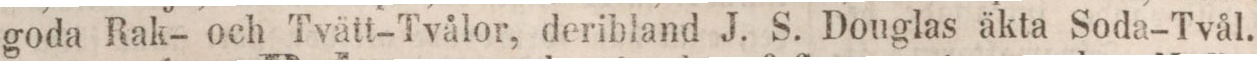
goda Rak- och Tvätt-Tvålor, deribland J. S. Douglas äkta Soda-Tvål.